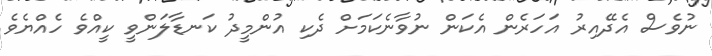
ނުވެސް އެދޭއިރު އަހަރެން އެކަން ނުވާނެކަމަށް ދެކި އުންމީދު ކަނޑާލަންވީ ކީއްވެ ހެއްޔެވެ